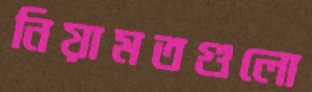
নিয়ামতগুলো